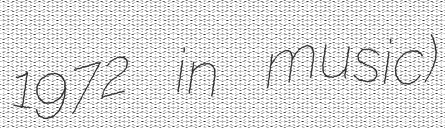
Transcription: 1972 in music)